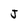
Character: J